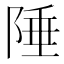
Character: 陲